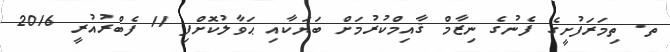
ތ. ތިމަރަފުށީގެ ފެނުގެ ނިޒާމް ޤާއިމްކުރުމަށް ބަޔަކާއި ޙަވާލުކޮށްފި 11 ފެބްރުއުރީ 2016